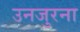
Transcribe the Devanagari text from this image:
उनजुरना